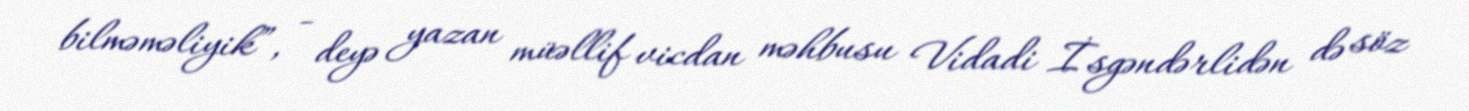
bilməməliyik”, - deyə yazan müəllif vicdan məhbusu Vidadi İsgəndərlidən də söz